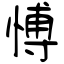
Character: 愽